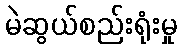
မဲဆွယ်စည်းရုံးမှု